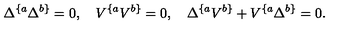
\Delta ^ { \{ a } \Delta ^ { b \} } = 0 , \quad V ^ { \{ a } V ^ { b \} } = 0 , \quad \Delta ^ { \{ a } V ^ { b \} } + V ^ { \{ a } \Delta ^ { b \} } = 0 .